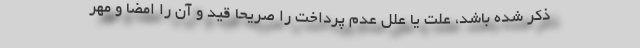
ذکر شده باشد، علت یا علل عدم پرداخت را صریحاً قید و آن را امضا و مهر